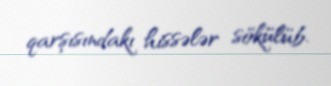
qarşısındakı hissələr sökülüb.